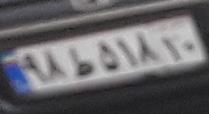
۹۸ط۵۱۸۱۰